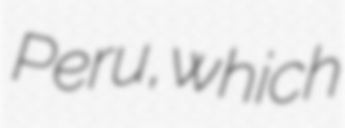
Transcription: Peru, which